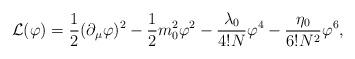
LaTeX: \begin{align*}{\cal L}(\varphi)=\frac{1}{2} (\partial_{\mu} \varphi)^2-\frac{1}{2}m_{0}^2\varphi^2-\frac{\lambda_0}{4!N} \varphi^4- \frac{\eta_0}{6! N^2}\varphi^6,\end{align*}